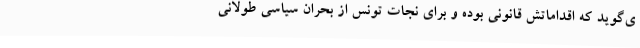
ی‌گوید که اقداماتش قانونی بوده و برای نجات تونس از بحران سیاسی طولانی